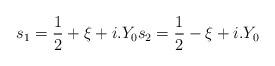
\begin{align*}s_1=\frac{1}{2}+\xi +i.Y_0 s_2=\frac{1}{2}-\xi +i.Y_0\end{align*}